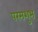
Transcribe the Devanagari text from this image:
परमशुभ